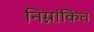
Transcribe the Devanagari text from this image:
निम्नांकित